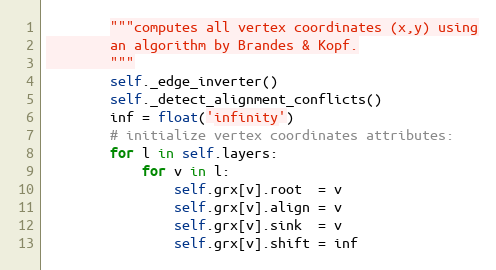
Language: Python
        """computes all vertex coordinates (x,y) using
        an algorithm by Brandes & Kopf.
        """
        self._edge_inverter()
        self._detect_alignment_conflicts()
        inf = float('infinity')
        # initialize vertex coordinates attributes:
        for l in self.layers:
            for v in l:
                self.grx[v].root  = v
                self.grx[v].align = v
                self.grx[v].sink  = v
                self.grx[v].shift = inf